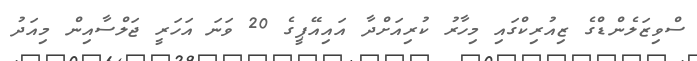
ސްވިޒަލެންޑްގެ ޒިއުރިކްގައި މިހާރު ކުރިއަށްދާ އައިއޭޕީގެ 20 ވަނަ އަހަރީ ޖަލްސާއިން މިއަދު